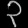
Digit: ၃